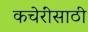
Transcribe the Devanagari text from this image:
कचेरींसाठी